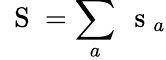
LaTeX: \mathrm{~\mathbf~S~}=\sum_{a}\mathrm{~\mathbf~s~}_{a}